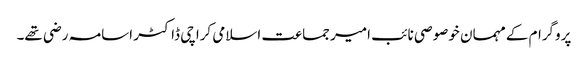
پروگرام کے مہمان خوصوصی نائب امیر جماعت اسلامی کراچی ڈاکٹر اسامہ رضی تھے۔